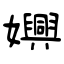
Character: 嬹